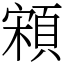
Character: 䫅